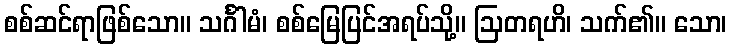
စစ်ဆင်ရာဖြစ်သော။ သင်္ဂါမံ၊ စစ်မြေပြင်အရပ်သို့။ ဩတရဟိ၊ သက်၏။ သော၊